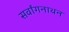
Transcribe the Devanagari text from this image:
सर्वांगनाथन